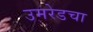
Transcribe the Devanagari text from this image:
उमरेडचा